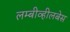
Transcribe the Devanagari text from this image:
लम्बीव्हीलबेस